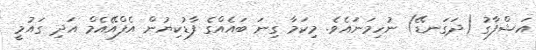
އަޝްފާގު (ދަގަނޑޭ) ނުހިމަނައެވެ. މިކަމާ ގިނަ ބައެއްގެ ފާޑުކިޔުން އެފްއޭއެމް އަދި ގައުމީ